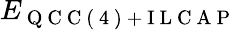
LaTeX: E_{\mathrm{~Q~C~C~(~4~)~+~I~L~C~A~P~}}